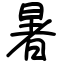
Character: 暑